Lunatic asylums Punjab 1895-1910 - 1895-1910
Year: 1895
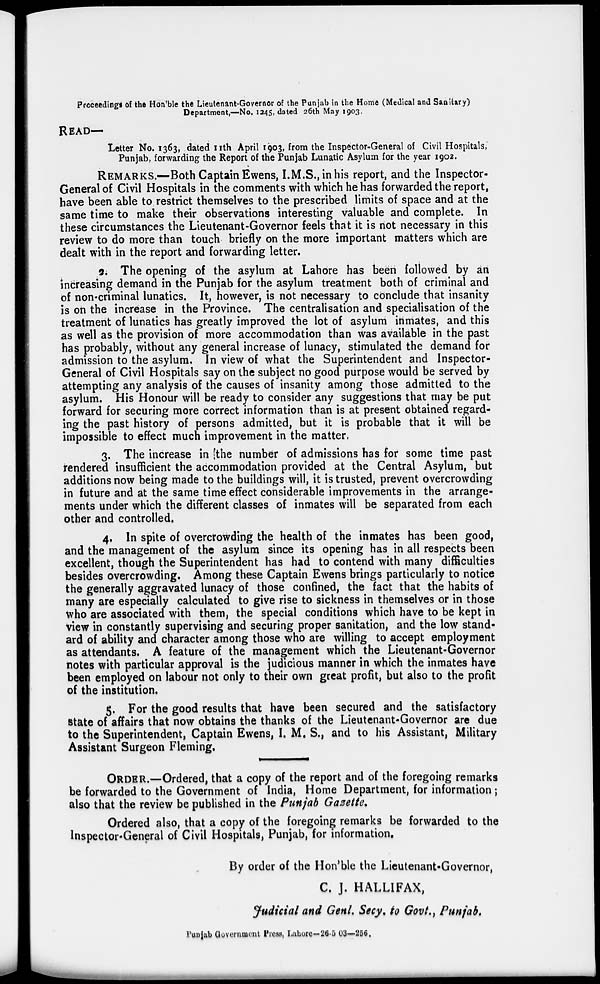
Proceedings of the Hon'ble the Lieutenant-Governor of the Punjab in the Home (Medical and Sanitary)
Department,—No. 1245, dated 26th May 1903.
READ—
Letter No. 1363, dated 11th April 1903, from the Inspector-General of Civil Hospitals,
Punjab, forwarding the Report of the Punjab Lunatic Asylum for the year 1902.
REMARKS.—Both Captain Ewens, I.M.S., in his report, and the Inspector-
General of Civil Hospitals in the comments with which he has forwarded the report,
have been able to restrict themselves to the prescribed limits of space and at the
same time to make their observations interesting valuable and complete. In
these circumstances the Lieutenant-Governor feels that it is not necessary in this
review to do more than touch briefly on the more important matters which are
dealt with in the report and forwarding letter.
2. The opening of the asylum at Lahore has been followed by an
increasing demand in the Punjab for the asylum treatment both of criminal and
of non-criminal lunatics. It, however, is not necessary to conclude that insanity
is on the increase in the Province. The centralisation and specialisation of the
treatment of lunatics has greatly improved the lot of asylum inmates, and this
as well as the provision of more accommodation than was available in the past
has probably, without any general increase of lunacy, stimulated the demand for
admission to the asylum. In view of what the Superintendent and Inspector-
General of Civil Hospitals say on the subject no good purpose would be served by
attempting any analysis of the causes of insanity among those admitted to the
asylum. His Honour will be ready to consider any suggestions that may be put
forward for securing more correct information than is at present obtained regard-
ing the past history of persons admitted, but it is probable that it will be
impossible to effect much improvement in the matter.
3. The increase in the number of admissions has for some time past
rendered insufficient the accommodation provided at the Central Asylum, but
additions now being made to the buildings will, it is trusted, prevent overcrowding
in future and at the same time effect considerable improvements in the arrange-
ments under which the different classes of inmates will be separated from each
other and controlled.
4. In spite of overcrowding the health of the inmates has been good,
and the management of the asylum since its opening has in all respects been
excellent, though the Superintendent has had to contend with many difficulties
besides overcrowding. Among these Captain Ewens brings particularly to notice
the generally aggravated lunacy of those confined, the fact that the habits of
many are especially calculated to give rise to sickness in themselves or in those
who are associated with them, the special conditions which have to be kept in
view in constantly supervising and securing proper sanitation, and the low stand-
ard of ability and character among those who are willing to accept employment
as attendants. A feature of the management which the Lieutenant-Governor
notes with particular approval is the judicious manner in which the inmates have
been employed on labour not only to their own great profit, but also to the profit
of the institution.
5. For the good results that have been secured and the satisfactory
state of affairs that now obtains the thanks of the Lieutenant-Governor are due
to the Superintendent, Captain Ewens, I. M. S., and to his Assistant, Military
Assistant Surgeon Fleming.
ORDER.—Ordered, that a copy of the report and of the foregoing remarks
be forwarded to the Government of India, Home Department, for information ;
also that the review be published in the Punjab Gazette.
Ordered also, that a copy of the foregoing remarks be forwarded to the
Inspector-General of Civil Hospitals, Punjab, for information.
By order of the Hon'ble the Lieutenant-Governor,
C. J. HALLIFAX,
Judicial and Genl. Secy. to Govt., Punjab.
Punjab Government Press, Lahore—26-5 03—256.